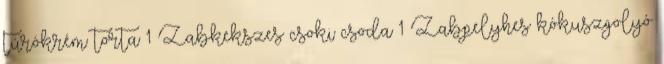
túrókrém torta 1 Zabkekszes csoki csoda 1 Zabpelyhes kókuszgolyó